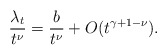
\begin{align*} \frac{\lambda_t}{t^\nu} = \frac{b}{t^\nu} + O(t^{\gamma + 1-\nu}). \end{align*}